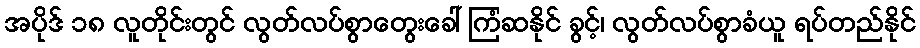
အပိုဒ် ၁၈ လူတိုင်းတွင် လွတ်လပ်စွာတွေးခေါ် ကြံဆနိုင် ခွင့်၊ လွတ်လပ်စွာခံယူ ရပ်တည်နိုင်